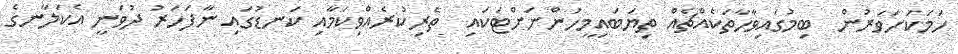
ހަމަކަށަވަރުން  ބިމުގައިވާހާތަކެއްޗެއް ތިޔަބައިމީހުންނަށްޓަކައި  ތެރިކުރެއްވިކަމާއި ކަނޑުގައި ނާފަހަރު ދުވަނީ އެކަލާނގެ